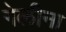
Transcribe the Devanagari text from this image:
गेलीना